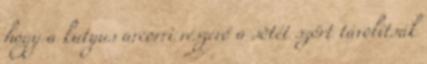
hogy a kutyus arcorri részérő a sötét szőrt távolítsák